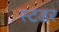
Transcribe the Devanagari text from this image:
स्टडर